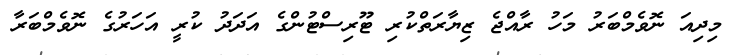
މިދިއަ ނޮވެމްބަރު މަހު ރާއްޖެ ޒިޔާރަތްކުރި ޓޫރިސްޓުންގެ އަދަދު ކުރީ އަހަރުގެ ނޮވެމްބަރާ